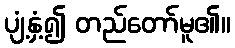
ပျံ့နှံ့၍ တည်တော်မူ၏။